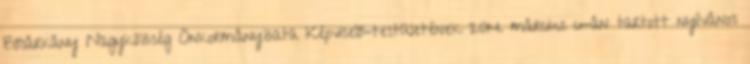
Bősárkány Nagyközség Önkormányzata Képviselő-testületének 2014. március 6-án tartott nyilvános